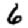
Digit: 6